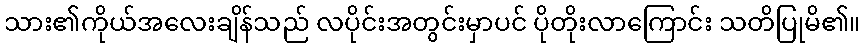
သား၏ကိုယ်အလေးချိန်သည် လပိုင်းအတွင်းမှာပင် ပိုတိုးလာကြောင်း သတိပြုမိ၏။